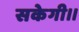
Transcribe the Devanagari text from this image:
सकेगी।।